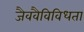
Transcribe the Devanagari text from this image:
जैववैविविधता